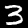
Digit: 3